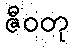
ဇီဝတု